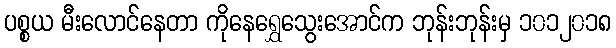
ပစ္စယ မီးလောင်နေတာ ကိုနေရွှေသွေးအောင်က ဘုန်းဘုန်းမှ ၁၀၁၂၀၁၈